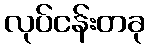
လုပ်ငန်းတခု